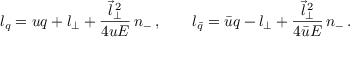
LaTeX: l _ { q } = u q + l _ { \perp } + \frac { \vec { l } _ { \perp } ^ { \, 2 } } { 4 u E } \, n _ { - } \, , \qquad l _ { \bar { q } } = \bar { u } q - l _ { \perp } + \frac { \vec { l } _ { \perp } ^ { \, 2 } } { 4 \bar { u } E } \, n _ { - } \, .